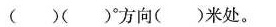
( )( )°方向( )米处。